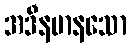
အဒီနမာနသော